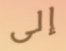
إلى